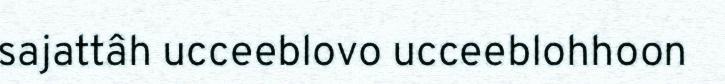
sajattâh ucceeblovo ucceeblohhoon